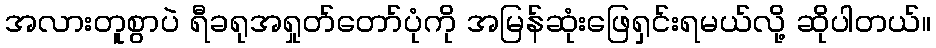
အလားတူစွာပဲ ရီခရုအရှုတ်တော်ပုံကို အမြန်ဆုံးဖြေရှင်းရမယ်လို့ ဆိုပါတယ်။